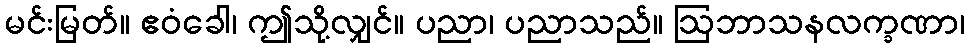
မင်းမြတ်။ ဧဝံခေါ၊ ဤသို့လျှင်။ ပညာ၊ ပညာသည်။ ဩဘာသနလက္ခဏာ၊